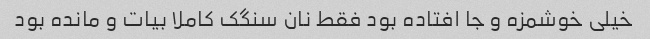
خیلی خوشمزه و جا افتاده بود فقط نان سنگک کاملا بیات و مانده بود